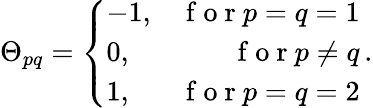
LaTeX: \Theta_{pq}=\left\{ \begin{array}{lr}{-1,}&{\mathrm{~f~o~r~}p=q=1}\\ {0,}&{\mathrm{~f~o~r~}p\neq q}\\ {1,}&{\mathrm{~f~o~r~}p=q=2}\end{array}\right.\, .